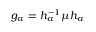
g _ { \alpha } = h _ { \alpha } ^ { - 1 } \mu h _ { \alpha }